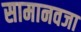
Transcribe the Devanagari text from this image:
सामानवजा